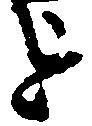
を